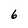
Character: 6